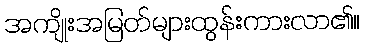
အကျိုးအမြတ်များထွန်းကားလာ၏။